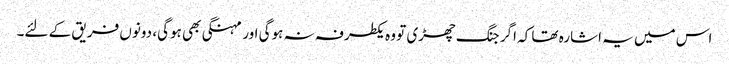
اس میں یہ اشارہ تھا کہ اگر جنگ چھڑی تو وہ یکطرفہ نہ ہوگی اور مہنگی بھی ہوگی، دونوں فریق کے لئے۔